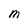
Character: M